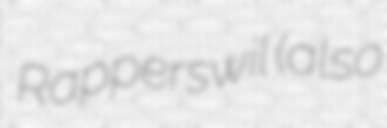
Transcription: Rapperswil (also